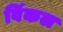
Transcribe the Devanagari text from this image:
विंकल